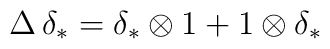
\Delta \, \delta_* = \delta_* \otimes 1 + 1 \otimes \delta_*